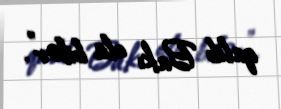
qalib Bakı ola bilər”.